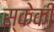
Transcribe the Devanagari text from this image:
स्केकी